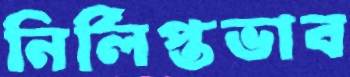
নির্লিপ্তভাব